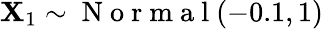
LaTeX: \mathbf{X}_{1}\sim\mathrm{{~N~o~r~m~a~l~}}(-0.1,1)